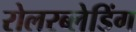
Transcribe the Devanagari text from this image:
रोलरब्लेडिंग